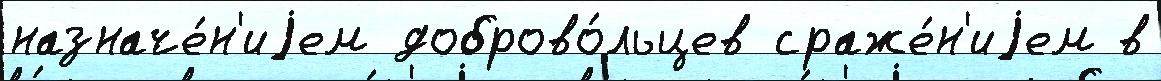
назначе́н'иjем доброво́льцев сраже́н'иjем в